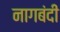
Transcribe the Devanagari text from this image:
नागबंदी